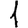
Digit: 1